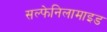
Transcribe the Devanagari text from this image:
सल्फेनिलामाइड